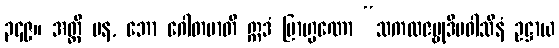
၃၄၉။ အတ္ထိ ပန, ဘော ဂေါတမာတိ ဣဒံ ဗြာဟ္မဏော “သကလဇမ္ဗုဒီပဝါသီနံ ဥဋ္ဌာယ